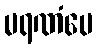
မရဏံပေ